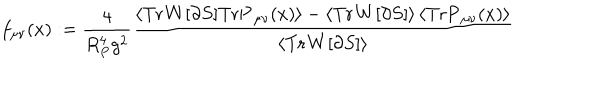
LaTeX: f _ { \mu \nu } ( x ) : = \frac { 4 } { R _ { P } ^ { 4 } g ^ { 2 } } \frac { \left< \mathrm { T r } \mathbf { W } [ \partial S ] \mathrm { T r } \mathbf { P } _ { \mu \nu } ( x ) \right> - \left< \mathrm { T r } \mathbf { W } [ \partial S ] \right> \left< \mathrm { T r } \mathbf { P } _ { \mu \nu } ( x ) \right> } { \left< \mathrm { T r } \mathbf { W } [ \partial S ] \right> }